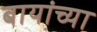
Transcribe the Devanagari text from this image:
बायांच्या